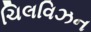
ચિલવિઝન